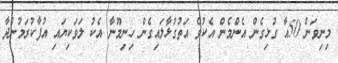
މިނިވަން 50އާ ގުޅިގެން އެންމެން އެކުވެ އަތުގުޅާލައިގެން ހިނިމޫނާ އެކު ލަވަކިޔައި އުފާކުރަމުންދާ